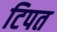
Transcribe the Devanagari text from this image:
टिपत